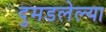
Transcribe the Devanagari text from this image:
दुमडलेल्या